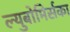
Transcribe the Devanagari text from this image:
ल्युबोमिर्सका